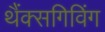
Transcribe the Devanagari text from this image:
थैंक्‍सगिविंग